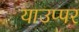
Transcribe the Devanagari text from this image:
याउप्पर